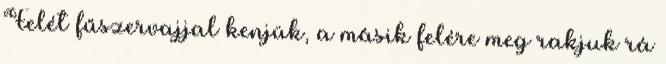
Felét fűszervajjal kenjük, a másik felére meg rakjuk rá